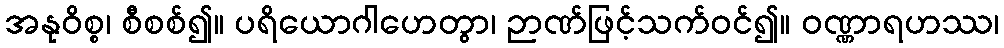
အနုဝိစ္စ၊ စီစစ်၍။ ပရိယောဂါဟေတွာ၊ ဉာဏ်ဖြင့်သက်ဝင်၍။ ဝဏ္ဏာရဟဿ၊